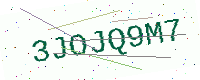
Text: 3JOJQ9M7